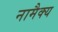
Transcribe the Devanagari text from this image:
नामैक्य